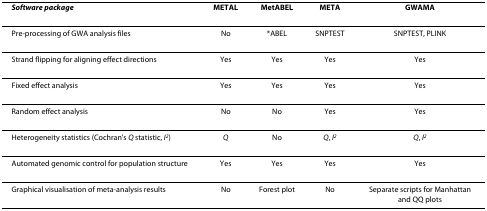
| Software package | METAL | MetABEL | META | GWAMA |
 | --- | --- | --- | --- | --- |
 | Pre-processing of GWA analysis files | No | *ABEL | SNPTEST | SNPTEST, PLINK |
 | Strand flipping for aligning effect directions | Yes | Yes | Yes | Yes |
 | Fixed effect analysis | Yes | Yes | Yes | Yes |
 | Random effect analysis | No | No | Yes | Yes |
 | Heterogeneity statistics (Cochran's Q statistic, I2) | Q | No | Q, I2 | Q, I2 |
 | Automated genomic control for population structure | Yes | Yes | Yes | Yes |
 | Graphical visualisation of meta-analysis results | No | Forest plot | No | Separate scripts for Manhattan and QQ plots |